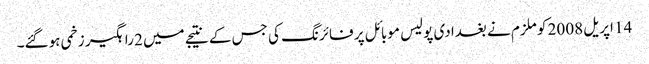
14 اپریل 2008 کو ملزم نے بغدادی پولیس موبائل پر فائرنگ کی جس کے نتیجے میں 2 راہگیر زخمی ہوگئے۔